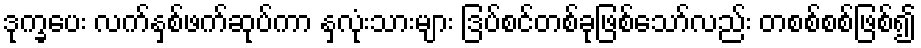
ဒုက္ခပေး လက်နှစ်ဖက်ဆုပ်ကာ နှလုံးသားများ ဒြပ်စင်တစ်ခုဖြစ်သော်လည်း တစစ်စစ်ဖြစ်၍